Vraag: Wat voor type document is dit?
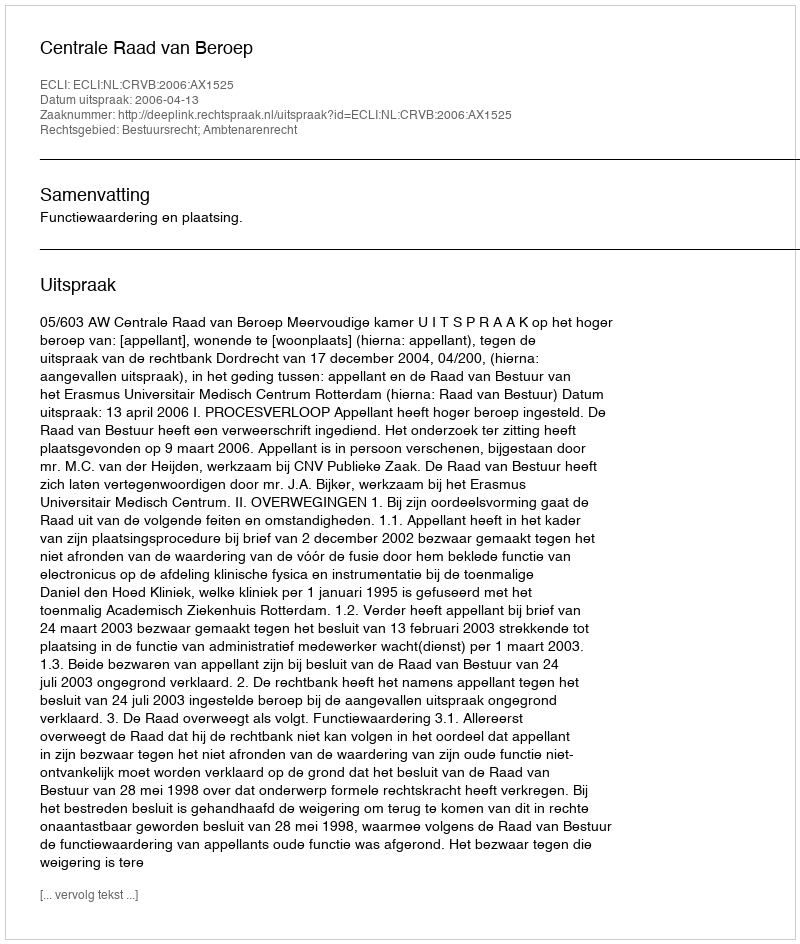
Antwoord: Uitspraak